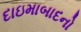
દાઇમાબાદનો